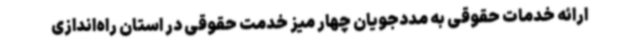
ارائه خدمات حقوقی به مددجویان چهار میز خدمت حقوقی در استان راه‌اندازی